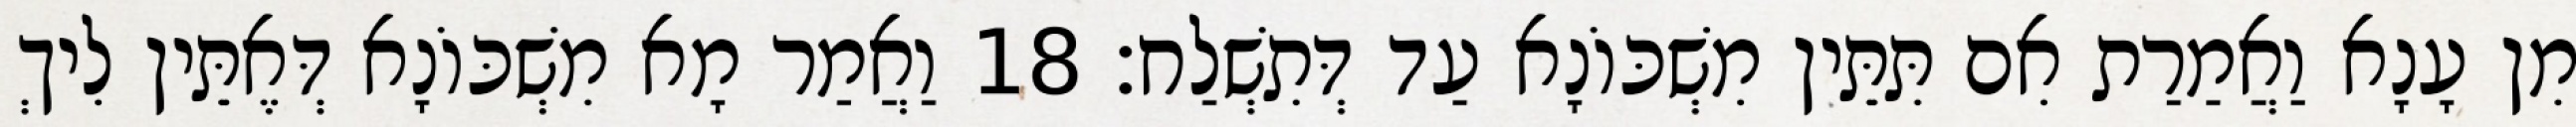
מִן עָנָא וַאֲמַרַת אִם תִּתֵּין מִשְׁכּוֹנָא עַד דְּתִשְׁלַח׃ 18 וַאֲמַר מָא מִשְׁכּוֹנָא דְּאֶתֵּין לִיךְ